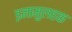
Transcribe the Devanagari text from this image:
इनामुलहक